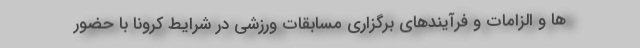
ها و الزامات و فرآیندهای برگزاری مسابقات ورزشی در شرایط کرونا با حضور